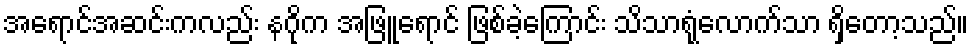
အရောင်အဆင်းကလည်း နဂိုက အဖြူရောင် ဖြစ်ခဲ့ကြောင်း သိသာရုံလောက်သာ ရှိတော့သည်။